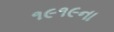
૧૯૧૯ના